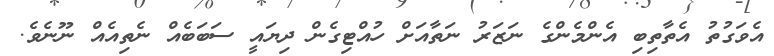
އެވަގުތު އެތާތިބި އެންމެންގެ ނަޒަރު ނަތާއަށް ހުއްޓިގެން ދިޔައީ ސަބަބެއް ނެތިއެއް ނޫނެވެ.